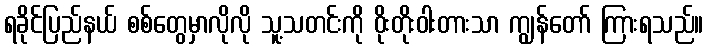
ရခိုင်ပြည်နယ် စစ်တွေမှာလိုလို သူ့သတင်းကို ဝိုးတိုးဝါးတားသာ ကျွန်တော် ကြားရသည်။